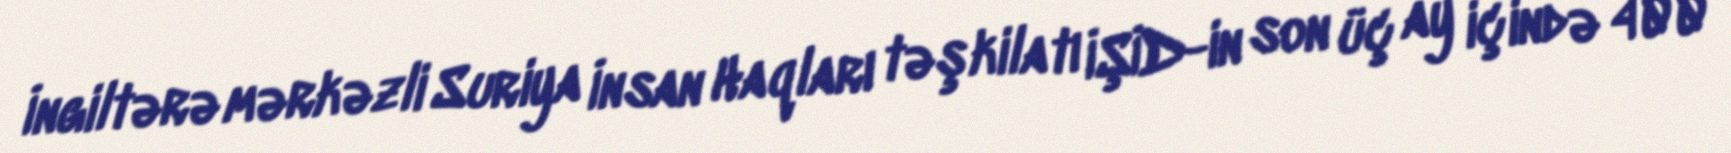
İngiltərə mərkəzli Suriya İnsan Haqları təşkilatı İŞİD-in son üç ay içində 400